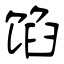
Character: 馅